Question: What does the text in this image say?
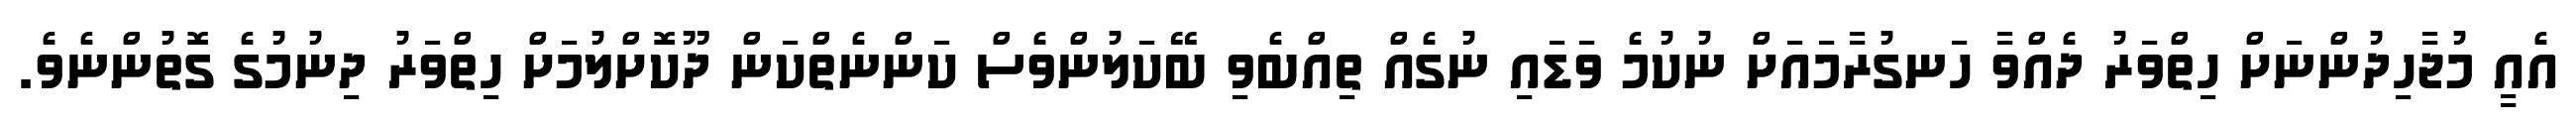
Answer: އެއީ މުޖާހިދުންނަށް ހިތްވަރު ދެއްވާ ހަނގުރާމައަށް ނުކުމެ ވަޑައި ނުގެއް ތިއްބެވި ބޭކަލުންވެސް ކަންނެތްކަން ދޫކޮށްލުމަށް ހިތްވަރު ދިނުމުގެ ގޮތުންނެވެ.